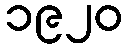
၁၉၂၀